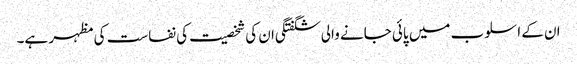
ان کے اسلوب میں پائی جانے والی شگفتگی ان کی شخصیت کی نفاست کی مظہر ہے۔